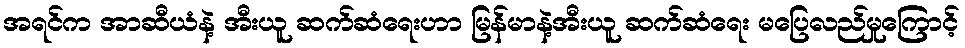
အရင်က အာဆီယံနဲ့ အီးယူ ဆက်ဆံရေးဟာ မြန်မာနဲ့အီးယူ ဆက်ဆံရေး မပြေလည်မှုကြောင့်